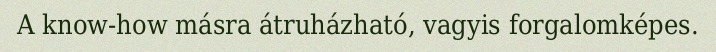
A know-how másra átruházható, vagyis forgalomképes.